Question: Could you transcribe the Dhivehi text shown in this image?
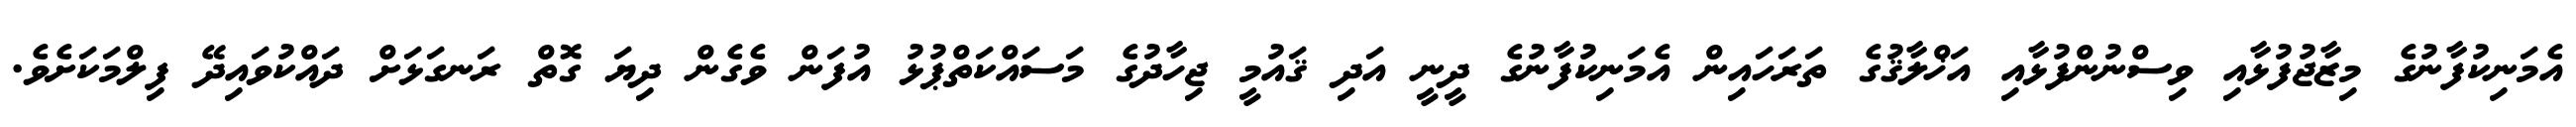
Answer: އެމަނިކުފާނުގެ މިޒާޖުފުޅާއި ވިސްނުންފުޅާއި އަޚްލާޤުގެ ތަރަހައިން އެމަނިކުފާނުގެ ދީނީ އަދި ޤައުމީ ޖިހާދުގެ މަސައްކަތްޕުޅު އުފަން ވެގެން ދިޔަ ގޮތް ރަނގަޅަށް ދައްކުވައިދޭ ފިލްމަކަށެވެ.